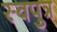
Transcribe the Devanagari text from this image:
स्वपुत्र